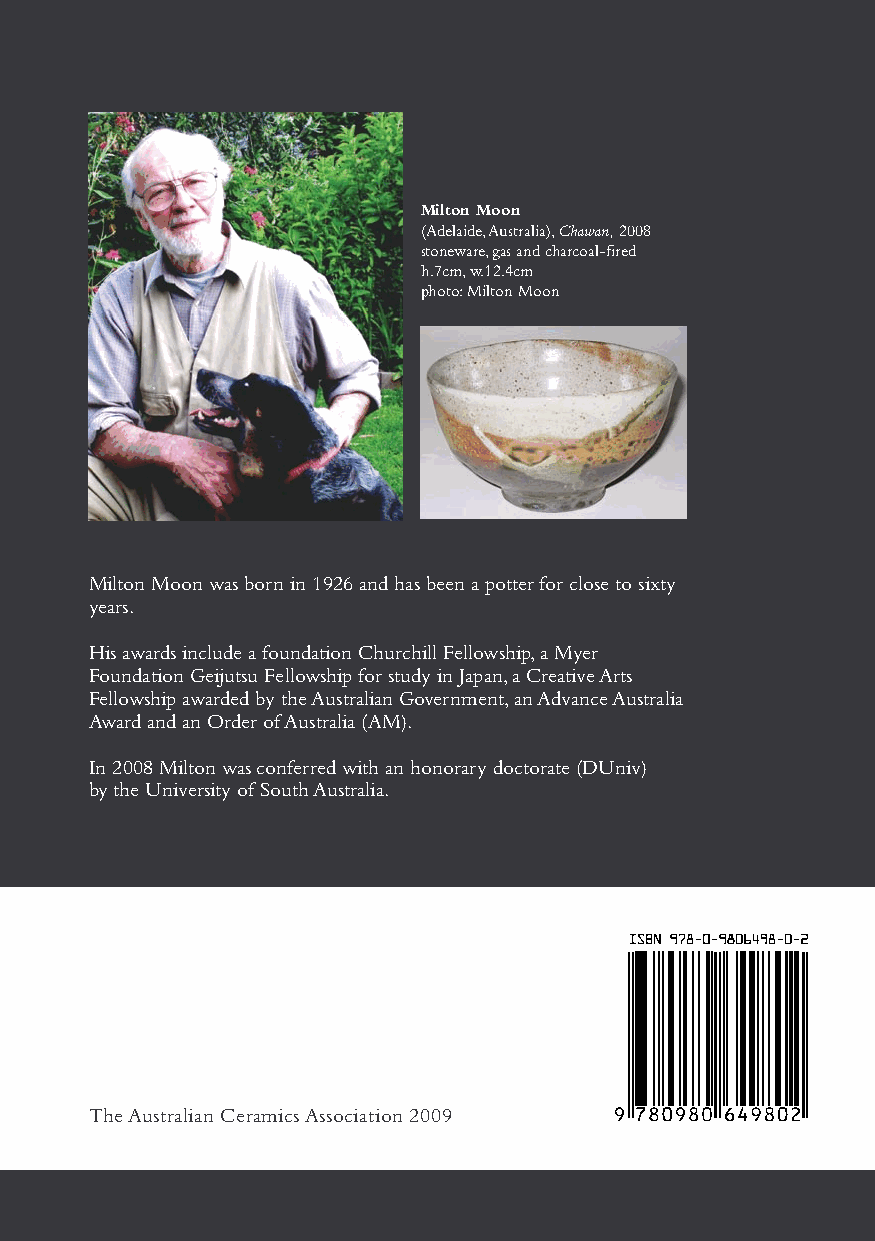
Milton Moon
 (Adelaide, Australia), Chawan, 2008
 stoneware, gas and charcoal-fired
 h.7cm, w.12.4cm
 photo: Milton Moon
 Milton Moon was born in 1926 and has been a potter for close to sixty
 years.
 His awards include a foundation Churchill Fellowship, a Myer
 Foundation Geijutsu Fellowship for study in Japan, a Creative Arts
 Fellowship awarded by the Australian Government, an Advance Australia
 Award and an Order of Australia (AM).
 In 2008 Milton was conferred with an honorary doctorate (DUniv)
 by the University of South Australia.
 The Australian Ceramics Association 2009